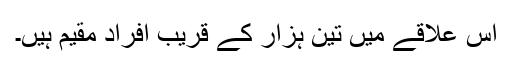
اس علاقے میں تین ہزار کے قریب افراد مقیم ہیں۔